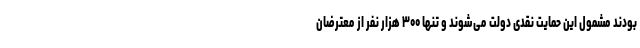
بودند مشمول این حمایت نقدی دولت می‌شوند و تنها ۳۰۰ هزار نفر از معترضان